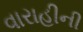
વારાહીની